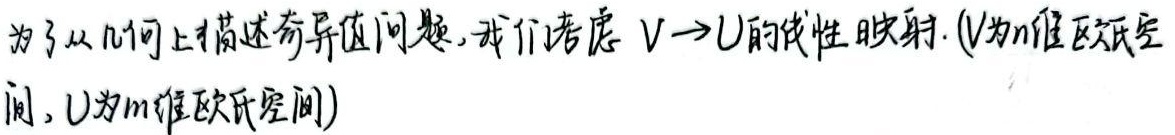
为了从几何上描述奇异值问题，我们考虑\(V\rightarrow U\)的线性映射（\(V\)为\(n\)维欧氏空间，\(U\)为\(m\)维欧氏空间）。